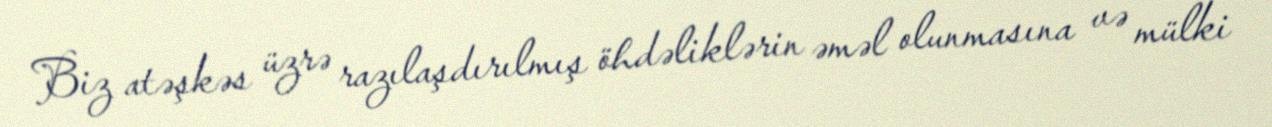
Biz atəşkəs üzrə razılaşdırılmış öhdəliklərin əməl olunmasına və mülki